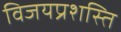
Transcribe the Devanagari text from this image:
विजयप्रशस्ति